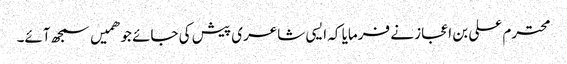
محترم علی بن اعجاز نے فرمایا کہ ایسی شاعری پیش کی جائے جو ھمیں سمجھ آئے۔